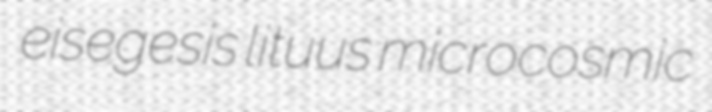
eisegesis lituus microcosmic